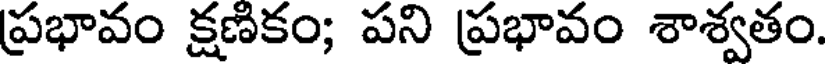
ప్రభావం క్షణికం; పని ప్రభావం శాశ్వతం.